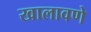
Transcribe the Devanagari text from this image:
खालावणे